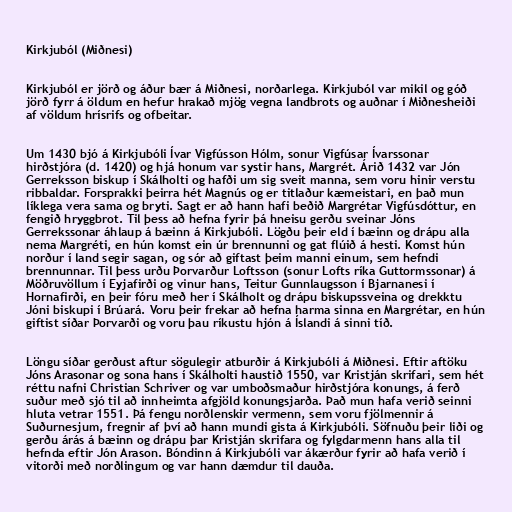
Kirkjuból (Miðnesi)

Kirkjuból er jörð og áður bær á Miðnesi, norðarlega. Kirkjuból var mikil og góð
jörð fyrr á öldum en hefur hrakað mjög vegna landbrots og auðnar í Miðnesheiði
af völdum hrísrifs og ofbeitar.

Um 1430 bjó á Kirkjubóli Ívar Vigfússon Hólm, sonur Vigfúsar Ívarssonar
hirðstjóra (d. 1420) og hjá honum var systir hans, Margrét. Árið 1432 var Jón
Gerreksson biskup í Skálholti og hafði um sig sveit manna, sem voru hinir verstu
ribbaldar. Forsprakki þeirra hét Magnús og er titlaður kæmeistari, en það mun
líklega vera sama og bryti. Sagt er að hann hafi beðið Margrétar Vigfúsdóttur, en
fengið hryggbrot. Til þess að hefna fyrir þá hneisu gerðu sveinar Jóns
Gerrekssonar áhlaup á bæinn á Kirkjubóli. Lögðu þeir eld í bæinn og drápu alla
nema Margréti, en hún komst ein úr brennunni og gat flúið á hesti. Komst hún
norður í land segir sagan, og sór að giftast þeim manni einum, sem hefndi
brennunnar. Til þess urðu Þorvarður Loftsson (sonur Lofts ríka Guttormssonar) á
Möðruvöllum í Eyjafirði og vinur hans, Teitur Gunnlaugsson í Bjarnanesi í
Hornafirði, en þeir fóru með her í Skálholt og drápu biskupssveina og drekktu
Jóni biskupi í Brúará. Voru þeir frekar að hefna harma sinna en Margrétar, en hún
giftist síðar Þorvarði og voru þau ríkustu hjón á Íslandi á sinni tíð.

Löngu síðar gerðust aftur sögulegir atburðir á Kirkjubóli á Miðnesi. Eftir aftöku
Jóns Arasonar og sona hans í Skálholti haustið 1550, var Kristján skrifari, sem hét
réttu nafni Christian Schriver og var umboðsmaður hirðstjóra konungs, á ferð
suður með sjó til að innheimta afgjöld konungsjarða. Það mun hafa verið seinni
hluta vetrar 1551. Þá fengu norðlenskir vermenn, sem voru fjölmennir á
Suðurnesjum, fregnir af því að hann mundi gista á Kirkjubóli. Söfnuðu þeir liði og
gerðu árás á bæinn og drápu þar Kristján skrifara og fylgdarmenn hans alla til
hefnda eftir Jón Arason. Bóndinn á Kirkjubóli var ákærður fyrir að hafa verið í
vitorði með norðlingum og var hann dæmdur til dauða.